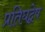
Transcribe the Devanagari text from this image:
प्रतिघद्वेष